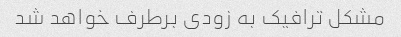
مشکل ترافیک به زودی برطرف خواهد شد